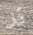
قد